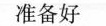
准备好